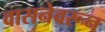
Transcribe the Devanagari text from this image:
वासनेवरून